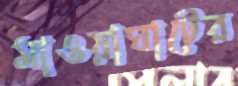
মাওয়াঘাটের